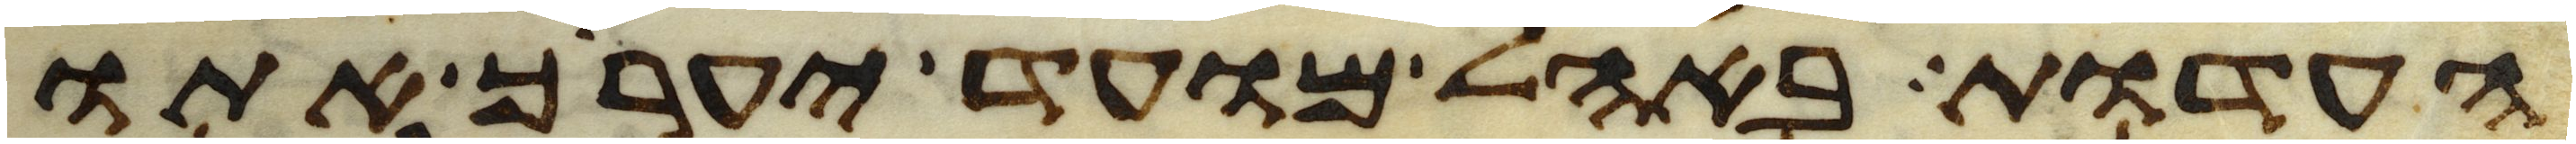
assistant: העדות באהל מועד יערך אתו